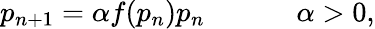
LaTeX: p_{n+1}=\alpha f(p_{n})p_{n}~~~~~~~~~~~~~\alpha>0,